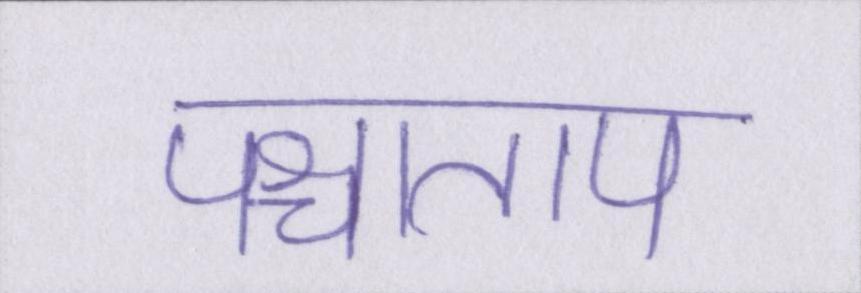
पश्चाताप